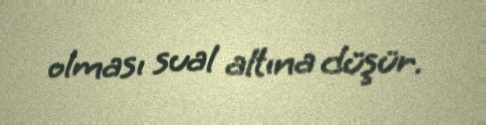
olması sual altına düşür.